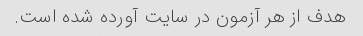
هدف از هر آزمون در سایت آورده شده است.